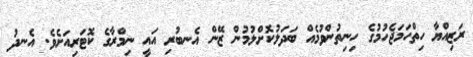
ރަޒިއްޔާ ހިތްހަމަޖެހުމުގެ ހިނިތުންވުމެއް ބަދަލުކޮށްލުމުން ޒޭން އެނބުރި އައީ ނިމްރާގެ ކޮޓަރިއަށެވެ. އެނދު